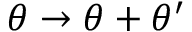
\theta \rightarrow \theta + \theta ^ { \prime }